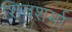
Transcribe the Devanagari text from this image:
शिवशर्मा